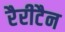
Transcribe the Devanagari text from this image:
रैरीटैन